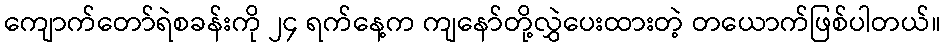
ကျောက်တော်ရဲစခန်းကို ၂၄ ရက်နေ့က ကျနော်တို့လွှဲပေးထားတဲ့ တယောက်ဖြစ်ပါတယ်။